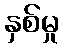
နှစ်မှု